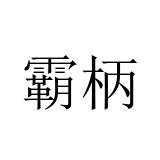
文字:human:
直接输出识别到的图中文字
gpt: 霸柄